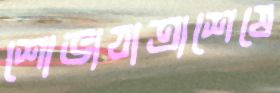
শোভাযাত্রাশেষে